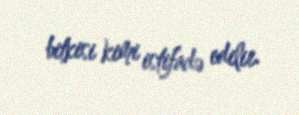
bitkisi kimi istifadə edilir.